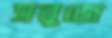
সবুজে